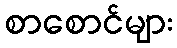
စာစောင်များ